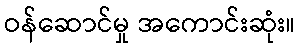
ဝန်ဆောင်မှု အကောင်းဆုံး။